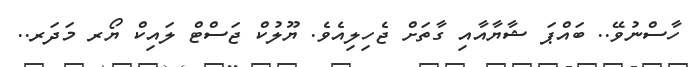
ހާސްނުވޭ.. ބައްޕަ ޝާޔާއާއި ގާތަށް ޖެހިލިއެވެ. ޔޫލުކް ޖަސްޓް ލައިކް ޔޯރ މަދަރ..